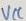
Text: VCC